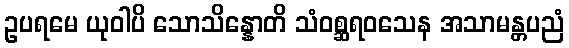
ဥပရမေ ယုဝါပိ သောသိန္နောတိ သံဝစ္ဆရဝသေန အသာမန္တပညံ